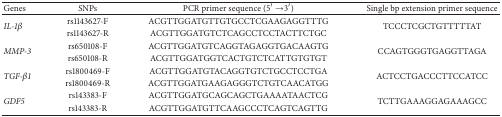
<table><thead><tr><td><b>Genes</b></td><td><b>SNPs</b></td><td><b>PCR primer sequence (5′→3′)</b></td><td><b>Single bp extension primer sequence</b></td></tr></thead><tbody><tr><td rowspan="2"><i>IL-1β</i></td><td>rs1143627-F</td><td>ACGTTGGATGTTGTGCCTCGAAGAGGTTTG</td><td rowspan="2">TCCCTCGCTGTTTTTAT</td></tr><tr><td>rs1143627-R</td><td>ACGTTGGATGTCTCAGCCTCCTACTTCTGC</td></tr><tr><td rowspan="2"><i>MMP-3</i></td><td>rs650108-F</td><td>ACGTTGGATGTCAGGTAGAGGTGACAAGTG</td><td rowspan="2">CCAGTGGGTGAGGTTAGA</td></tr><tr><td>rs650108-R</td><td>ACGTTGGATGGTCACTGTCTCATTGTGTGT</td></tr><tr><td rowspan="2"><i>TGF-β1</i></td><td>rs1800469-F</td><td>ACGTTGGATGTACAGGTGTCTGCCTCCTGA</td><td rowspan="2">ACTCCTGACCCTTCCATCC</td></tr><tr><td>rs1800469-R</td><td>ACGTTGGATGAAGAGGGTCTGTCAACATGG</td></tr><tr><td rowspan="2"><i>GDF5</i></td><td>rs143383-F</td><td>ACGTTGGATGCAGCAGCTGAAAATAACTCG</td><td rowspan="2">TCTTGAAAGGAGAAAGCC</td></tr><tr><td>rs143383-R</td><td>ACGTTGGATGTTCAAGCCCTCAGTCAGTTG</td></tr></tbody></table>